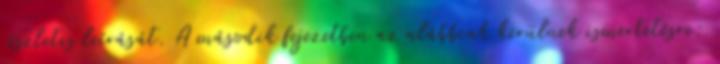
részletes leírását. A második fejezetben az alábbiak kerülnek ismertetésre: